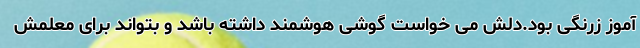
آموز زرنگی بود.دلش می خواست گوشی هوشمند داشته باشد و بتواند برای معلمش